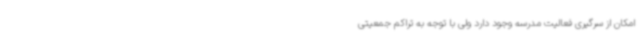
امکان از سرگیری فعالیت مدرسه وجود دارد ولی با توجه به تراکم جمعیتی